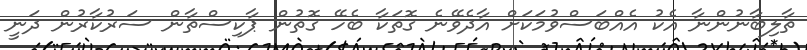
ތާލިބާނުންނާ އެކު އެއްބަސްވުމަކަށް އާދެވޭނެ ގޮތަކާ ބެހޭ ގޮތުން ޕާކިސްތާން ސަރުކާރުން ދަނީ